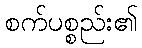
စက်ပစ္စည်း၏